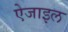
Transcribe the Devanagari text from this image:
ऐजाइल